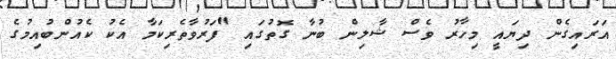
އަރައިގެން ދިޔައީ މިހާރު ވެސް ޝާލިން ބުނާ ގޮތުގައި "ފަރުވާތެރިކަމާ އެކު ކެއުންބުއިމުގެ